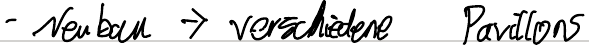
- Neubau -> verschiedene Pavillons